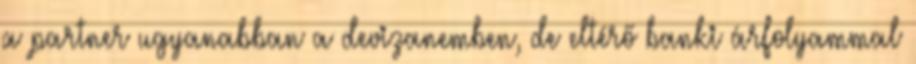
a partner ugyanabban a devizanemben, de eltérő banki árfolyammal